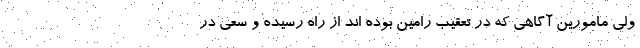
ولی مامورین آگاهی که در تعقیب رامین بوده اند از راه رسیده و سعی در